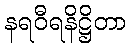
နရဝီရနိဋ္ဌိတာ